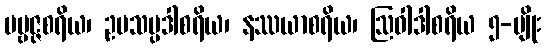
ပဗ္ဗဇ္ဇစရိယ၊ ဥပသမ္ပဒါစရိယ၊ နဿယာစရိယ၊ ဩဝါဒါစရိယ ၅-မျိုး